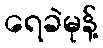
ရေခဲမုန့်